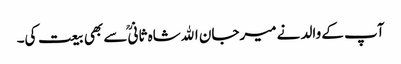
آپ کے والد نے میرجان اﷲشاہ ثانیؒ سے بھی بیعت کی۔